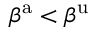
\beta ^ { \mathrm { a } } < \beta ^ { \mathrm { u } }